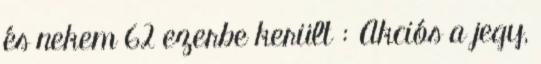
és nekem 62 ezerbe került : Akciós a jegy,